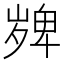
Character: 𭐼